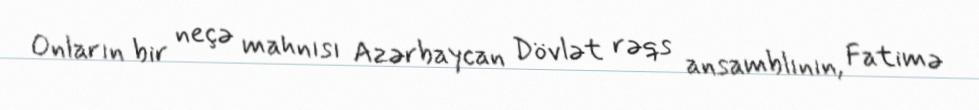
Onların bir neçə mahnısı Azərbaycan Dövlət rəqs ansamblının, Fatimə